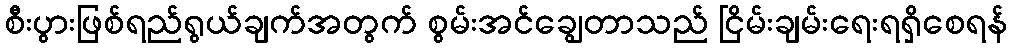
စီးပွားဖြစ်ရည်ရွယ်ချက်အတွက် စွမ်းအင်ချွေတာသည် ငြိမ်းချမ်းရေးရရှိစေရန်